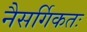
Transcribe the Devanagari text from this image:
नैसर्गिकतः